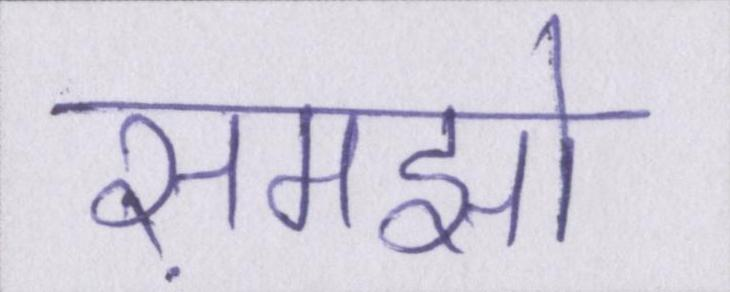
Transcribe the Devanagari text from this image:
समझो